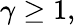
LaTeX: \gamma\geq 1,